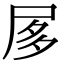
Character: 㞔